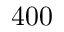
4 0 0